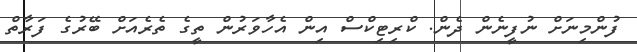
ފުންމިނަށް ނުފީނެން ދެން. ކްރިޓިކްސް އިން އެހާވަރުން ތީގެ ތެރެއަށް ބޭރުގެ ފަރާތް